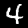
Digit: 4